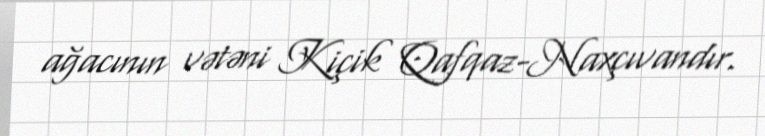
ağacının vətəni Kiçik Qafqaz-Naxçıvandır.